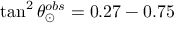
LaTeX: \tan ^ { 2 } \theta _ { \odot } ^ { o b s } = 0 . 2 7 - 0 . 7 5